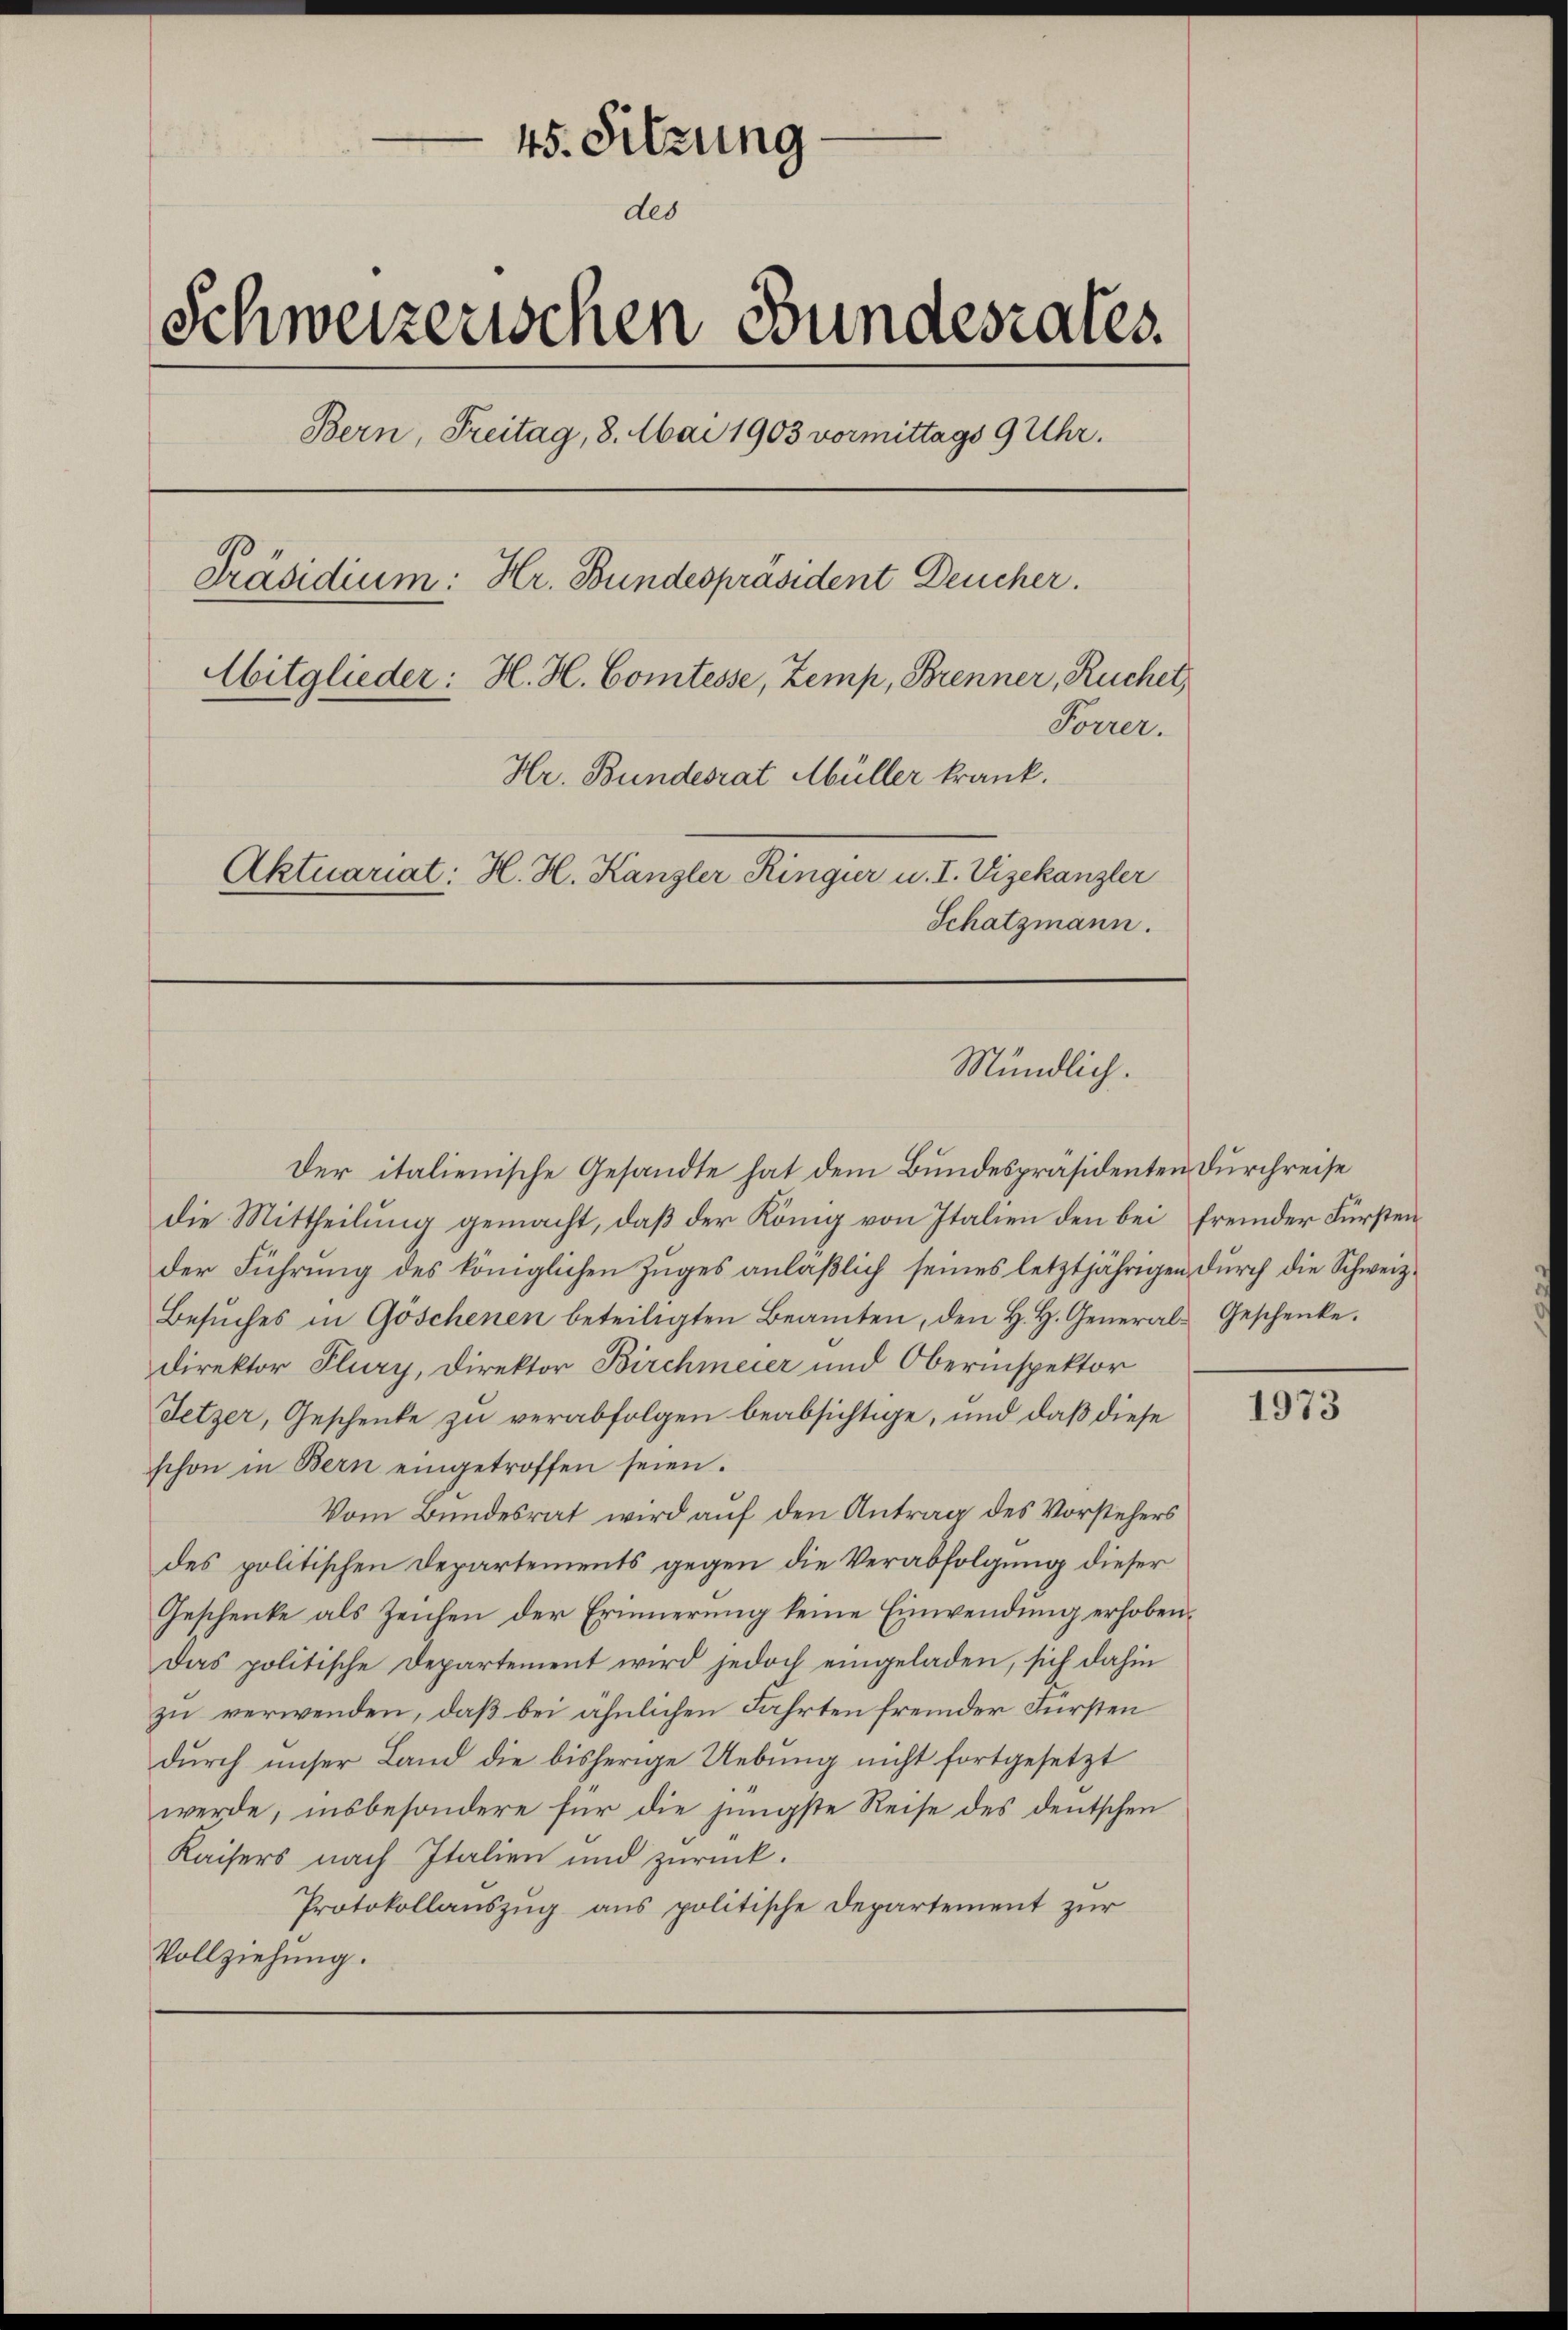
—
45. Sitzung
des
Schweizerischen Bundesrates.
Bern, Freitag, 8. Mai 1903 vormittags 9 Uhr.
Präsidium: Hr. Bundespräsident Deucher.
Aitglieder: H. H. Comtesse, Zemp, Brenner, Ruchet,
Forrer.
Hr. Bundesrat Müller krank.
Aktuariat: H. H. Kanzler Ringier u. I. Vizekanzler
Schatzmann.

Der italienische Gesandte hat dem Bundespräsidenten durchreise
die Mittheilung gemacht, daß der König von Italien den bei fremder Fürsten
der Führung des königlichen Zuges anläßlich seines letztjährigen durch die Schweiz.
Besŭches in Göschenen beteiligten Beamten, den H. H. General-Geschenke.
Direktor Flury, Direktor Birchmeier und Oberinspektor
Setzer, Geschenke zu verabfolgen beabsichtige, und daß diese
schon in Bern eingetroffen seien.
Vom Bundesrat wird auf den Antrag des Vorstehers
des politischen Departements gegen die Verabfolgung dieser
Geschenke als Zeichen der Erinnerung keine Einwendung erhoben¬
Das politische Departement wird jedoch eingeladen, sich dahin
zu verwenden, daß bei ähnlichen Fahrten fremder Fürsten
durch unser Land die bisherige Uebung nicht fortgesetzt
werde, insbesondere für die jüngste Reise des deutschen
Kaisers nach Italien und zurück.
Protokollauszug aus politische Departement zur
Vollziehung.

Mündlich.

1973